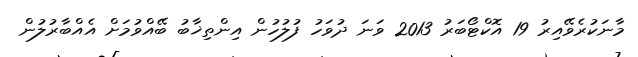
މާނަކުރެވޭއިރު 19 އޮކްޓޯބަރު 2013 ވަނަ ދުވަހު ފުލުހުން އިންތިޚާބު ބޭއްވުމަށް އެއްބާރުލުން